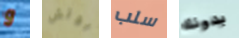
و بوتش سلب بدونك